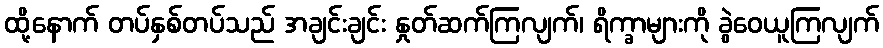
ထို့နောက် တပ်နှစ်တပ်သည် အချင်းချင်း နှုတ်ဆက်ကြလျက်၊ ရိက္ခာများကို ခွဲဝေယူကြလျက်